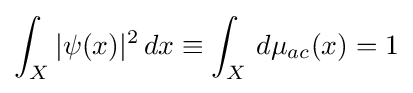
\int _{X}|\psi (x)|^{2}\,dx\equiv \int _{X}\,d\mu _{ac}(x)=1